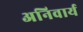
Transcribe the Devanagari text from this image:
अनिवार्य